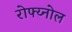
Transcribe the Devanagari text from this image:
रोफ्य्नोल